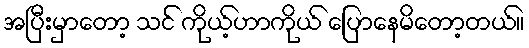
အပြီးမှာတော့ သင် ကိုယ့်ဟာကိုယ် ပြောနေမိတော့တယ်။